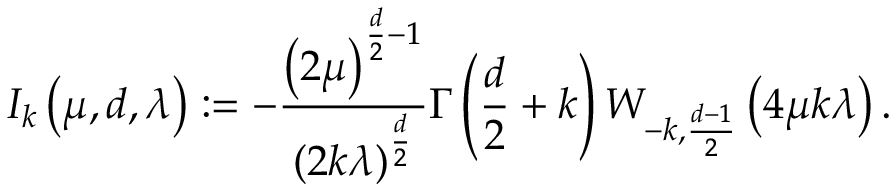
I _ { k } \left( \mu , d , \lambda \right) : = - \frac { \left( 2 \mu \right) ^ { \frac { d } { 2 } - 1 } } { \left( 2 k \lambda \right) ^ { \frac { d } { 2 } } } \Gamma \left( \frac { d } { 2 } + k \right) W _ { - k , \frac { d - 1 } { 2 } } \left( 4 \mu k \lambda \right) .